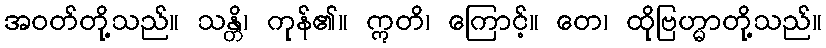
အဝတ်တို့သည်။ သန္တိ၊ ကုန်၏။ ဣတိ၊ ကြောင့်။ တေ၊ ထိုဗြဟ္မာတို့သည်။